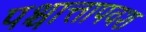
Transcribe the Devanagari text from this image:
पश्चात्तापवश